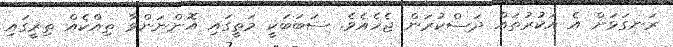
ރަނގަޅަށް އެ އަކުރުތައް ދަސްކުރަން ޖެހެއެވެ. ސަބަބަކީ މަތީގައި އޮންނަންވާ ތިއްކެއް ތިރީގައި